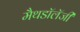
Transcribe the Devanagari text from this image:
मैथडॉलॅजी